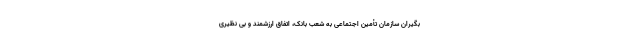
بگیران سازمان تأمین اجتماعی به شعب بانک، اتفاق ارزشمند و بی نظیری